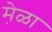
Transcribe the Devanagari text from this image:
मे़ळा